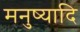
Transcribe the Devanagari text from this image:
मनुष्यादि